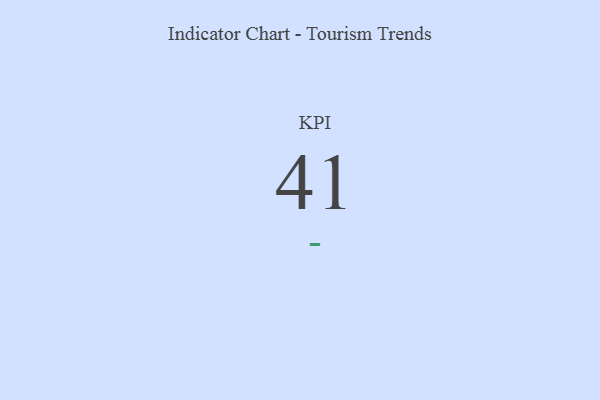
{"axis": {"x": "KPI", "y": "Value"}, "legend": [""], "data": [{"x": "KPI", "y": 41, "type": ""}]}